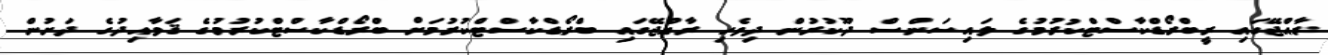
ރާއްޖޭގައި ރީބްރޯޑްކާސްޓްކުރުމުގެ ލައިސަންސް ދޫކުރުން ދިވެހި ރާއްޖޭގައި ބްރޯޑްކާސްޓްކުރުމަށް ބްރޯޑްކާސްޓްކުރުމުގެ ޤަވާއިދުގެ ދަށުން